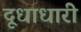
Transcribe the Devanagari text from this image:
दूधाधारी